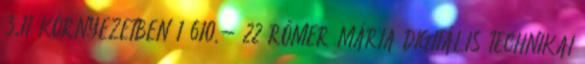
3.11 KÖRNYEZETBEN 1 610,- 22 RŐMER MÁRIA DIGITÁLIS TECHNIKAI